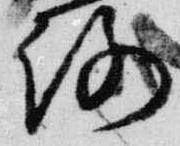
路